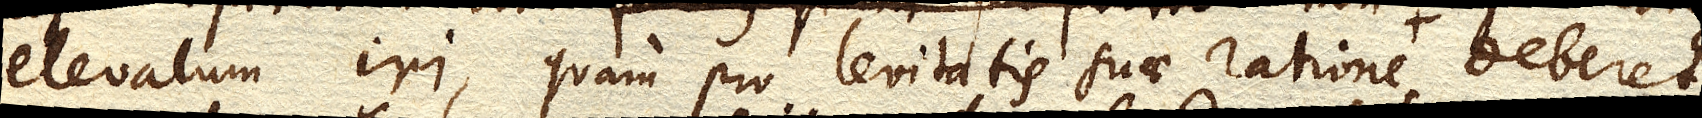
elevatum iri, quam pro levitatis suae ratione, Mercurii comparatione deberet,